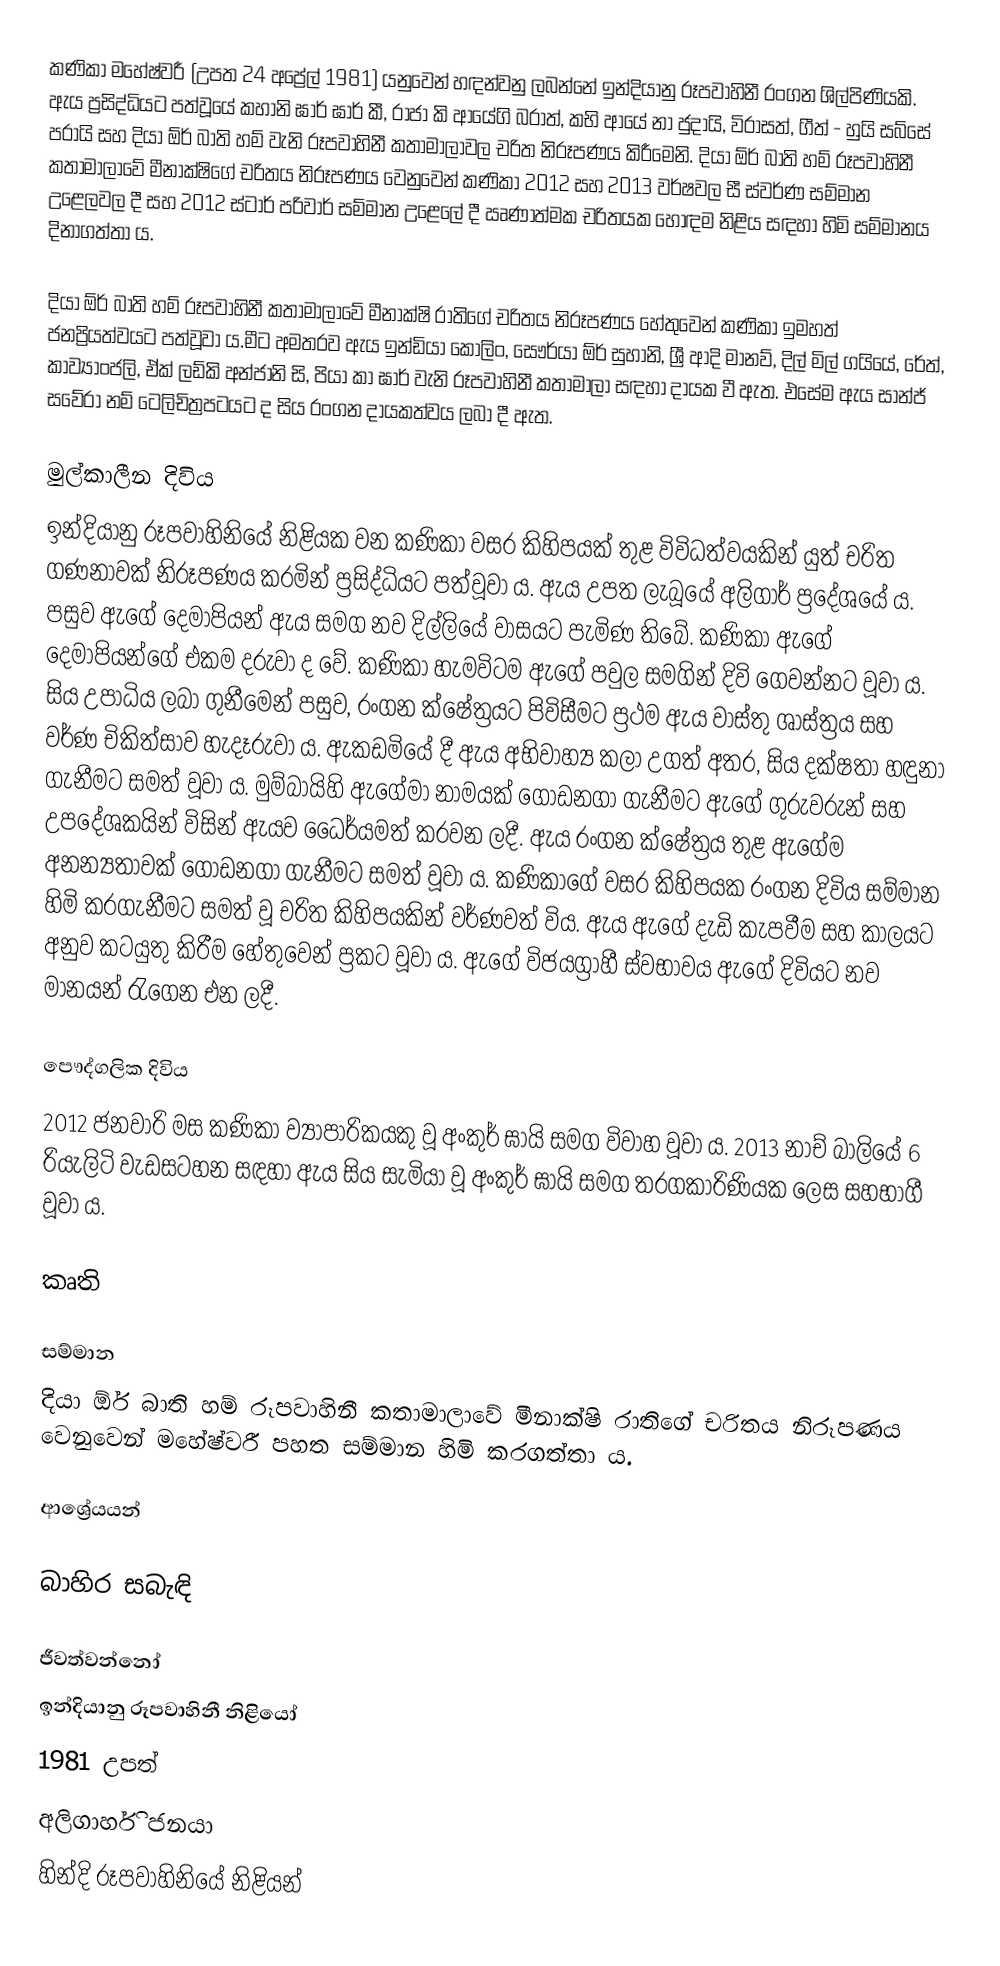
කණිකා ‍මහේෂ්වරී (උපත 24 අප්‍රේල් 1981) යනුවෙන් හඳන්වනු ලබන්නේ ඉන්දියානු රූපවාහිනී රංගන ශිල්පිණියකි. ඇය ප්‍රසිද්ධියට පත්වූයේ කහානි ඝාර් ඝාර් කී, රාජා කි ආයේගි බරාත්, කභි ආයේ නා ජුදායි, විරාසත්, ගීත් - හුයි සබ්සේ පරායි සහ දියා ඕර් බාති හම් වැනි රූපවාහිනී කතාමාලාවල චරිත නිරූපණය ‍කිරීමෙනි. දියා ඕර් බාති හම් රූපවාහිනී කතාමාලාවේ මීනාක්ෂිගේ චරිතය නිරූපණය වෙනුවෙන් කණිකා 2012 සහ 2013 වර්ෂවල සී ස්වර්ණ සම්මාන උළෙලවල දී සහ 2012 ස්ටාර් පරිවාර් සම්මාන උළෙලේ දී ඍණාත්මක චරිතයක හොඳම නිළිය සඳහා හිමි සම්මානය දිනාගත්තා ය.

දියා ඕර් බාති හම් රූපවාහිනී කතාමාලාවේ මීනාක්ෂි රාති‍ගේ චරිතය නිරූපණය හේතුවෙන් කණිකා ඉමහත් ජනප්‍රියත්වයට පත්වූවා ය.මීට අමතරව ඇය ඉන්ඩියා කෝලිං, සෞර්යා ඕර් සුහානි, ශ්‍රී ආදි මානව්, දිල් මිල් ගයියේ, රේත්, කාව්‍යාංජලි, ඒක් ලඩ්කි අන්ජානි සි, පියා කා ඝාර් වැනි රූපවාහිනී කතාමාලා සඳහා දායක වී ඇත. එසේම ඇය සාන්ජ් සවේරා නම් ටෙලිචිත්‍රපටයට ද සිය රංගන දායකත්වය ලබා දී ඇත.

මුල්කාලීන දිවිය
ඉන්දියානු රූපවාහිනියේ නිළියක වන කණිකා වසර කිහිපයක් තුළ විවිධත්වයකින් යුත් චරිත ගණනාවක් නිරූපණය කරමින් ප්‍රසිද්ධියට පත්වූවා ය. ඇය උපත ලැබූයේ අලිගාර් ප්‍රදේශයේ ය. පසුව ඇගේ දෙමාපියන් ඇය සමග නව දිල්ලියේ වාසයට පැමිණ තිබේ. කණිකා ඇගේ දෙමාපියන්ගේ එකම දරුවා ද වේ. කණිකා හැමවිටම ඇගේ පවුල සමගින් දිවි ගෙවන්නට වූවා ය. සිය උපාධිය ලබා ගුනීමෙන් පසුව, රංගන ක්ෂේත්‍රයට පිවිසීමට ප්‍රථම ඇය වාස්තු ශාස්ත්‍රය සහ වර්ණ චිකිත්සාව හැදෑරුවා ය. ඇකඩමියේ දී ඇය අභිවාහ්‍ය කලා උගත් අතර, සිය දක්ෂතා හඳුනා ගැනීමට සමත් වූවා ය. මුම්බායිහි ඇ‍ගේමා නාමයක් ගොඩනගා ගැනීමට ඇගේ ගුරුවරුන් සහ උපදේශකයින් විසින් ඇයව ධෛර්යමත් කරවන ලදී. ඇය රංගන ක්ෂේත්‍රය තුළ ඇගේම අනන්‍යතාවක් ගොඩනගා ගැනීමට සමත් වූවා ය. කණිකාගේ වසර කිහිපයක රංගන දිවිය සම්මාන හිමි කරගැනීමට සමත් වූ චරිත කිහිපයකින් වර්ණවත් විය. ඇය ඇගේ දැඩි කැපවීම සහ කාලයට අනුව කටයුතු කිරීම හේතුවෙන් ප්‍රකට වූවා ය. ඇගේ විජයග්‍රාහී ස්වභාවය ඇ‍ගේ දිවියට නව මානයන් රැගෙන එන ලදී.

පෞද්ගලික දිවිය
2012 ජනවාරි මස කණිකා ව්‍යාපාරිකයකු වූ අංකුර් ඝායි සමග විවාහ වූවා ය. 2013 නාච් බාලියේ 6 රියැලිටි වැඩසටහන සඳහා ඇය සිය සැමියා වූ අංකුර් ඝායි සමග තරගකාරිණියක ලෙස සහභාගී වූවා ය.

කෘති

සම්මාන
දියා ඕර් බාති හම් රූපවාහිනී කතාමාලාවේ මීනාක්ෂි රාතිගේ චරිතය නිරූපණය වෙනුවෙන් මහේෂ්වරී පහත සම්මාන හිමි කරගත්තා ය.

ආශ්‍රේයයන්

බාහිර සබැඳි

ජීවත්වන්නෝ
ඉන්දියානු රූපවාහිනී නිළියෝ
1981 උපත්
අලිගාර්හි ජනයා
හින්දි රූපවාහිනියේ නිළියන්